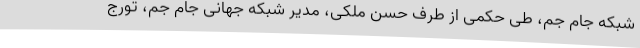
شبکه جام جم، طی حکمی از طرف حسن ملکی، مدیر شبکه جهانی جام جم، تورج